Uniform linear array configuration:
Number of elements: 16
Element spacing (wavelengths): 0.75
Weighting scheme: hamming
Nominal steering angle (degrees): -45
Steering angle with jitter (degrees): -45.533
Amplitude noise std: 0.05
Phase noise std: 0.05

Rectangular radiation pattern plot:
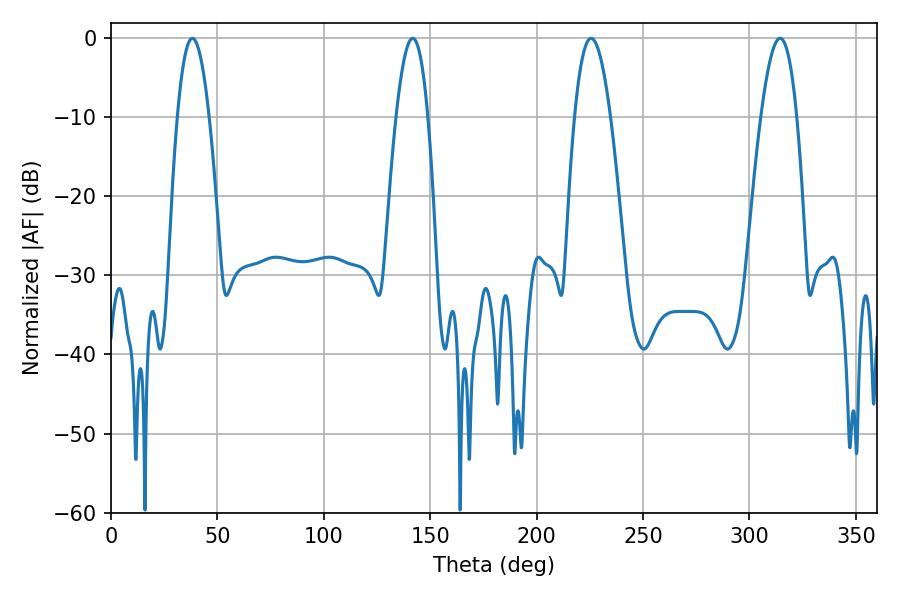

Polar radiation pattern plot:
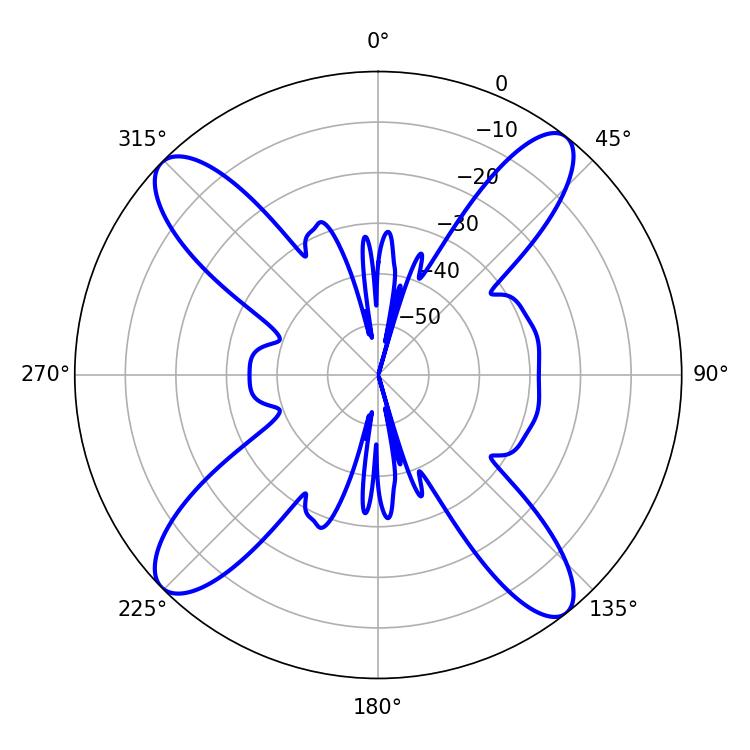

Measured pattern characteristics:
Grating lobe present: TRUE
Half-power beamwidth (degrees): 9.18
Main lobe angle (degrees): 225.54